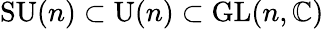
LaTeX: \operatorname{SU}(n)\subset\operatorname{U}(n)\subset\operatorname{GL}(n,\mathbb{C})